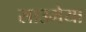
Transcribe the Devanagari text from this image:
साउमेया